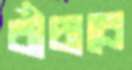
বাঁচাবে